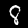
Label: 8